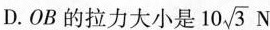
D.OB的拉力大小是10\sqrt{3}N